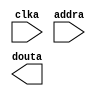
module irom(
	clka,
	addra,
	douta);


input clka;
input [8 : 0] addra;
output [31 : 0] douta;

// synthesis translate_off

      BLK_MEM_GEN_V3_3 #(
		.C_ADDRA_WIDTH(9),
		.C_ADDRB_WIDTH(9),
		.C_ALGORITHM(1),
		.C_BYTE_SIZE(9),
		.C_COMMON_CLK(0),
		.C_DEFAULT_DATA("0"),
		.C_DISABLE_WARN_BHV_COLL(0),
		.C_DISABLE_WARN_BHV_RANGE(0),
		.C_FAMILY("virtex5"),
		.C_HAS_ENA(0),
		.C_HAS_ENB(0),
		.C_HAS_INJECTERR(0),
		.C_HAS_MEM_OUTPUT_REGS_A(0),
		.C_HAS_MEM_OUTPUT_REGS_B(0),
		.C_HAS_MUX_OUTPUT_REGS_A(0),
		.C_HAS_MUX_OUTPUT_REGS_B(0),
		.C_HAS_REGCEA(0),
		.C_HAS_REGCEB(0),
		.C_HAS_RSTA(0),
		.C_HAS_RSTB(0),
		.C_INITA_VAL("0"),
		.C_INITB_VAL("0"),
		.C_INIT_FILE_NAME("irom.mif"),
		.C_LOAD_INIT_FILE(1),
		.C_MEM_TYPE(3),
		.C_MUX_PIPELINE_STAGES(0),
		.C_PRIM_TYPE(1),
		.C_READ_DEPTH_A(512),
		.C_READ_DEPTH_B(512),
		.C_READ_WIDTH_A(32),
		.C_READ_WIDTH_B(32),
		.C_RSTRAM_A(0),
		.C_RSTRAM_B(0),
		.C_RST_PRIORITY_A("CE"),
		.C_RST_PRIORITY_B("CE"),
		.C_RST_TYPE("SYNC"),
		.C_SIM_COLLISION_CHECK("ALL"),
		.C_USE_BYTE_WEA(0),
		.C_USE_BYTE_WEB(0),
		.C_USE_DEFAULT_DATA(0),
		.C_USE_ECC(0),
		.C_WEA_WIDTH(1),
		.C_WEB_WIDTH(1),
		.C_WRITE_DEPTH_A(512),
		.C_WRITE_DEPTH_B(512),
		.C_WRITE_MODE_A("WRITE_FIRST"),
		.C_WRITE_MODE_B("WRITE_FIRST"),
		.C_WRITE_WIDTH_A(32),
		.C_WRITE_WIDTH_B(32),
		.C_XDEVICEFAMILY("virtex5"))
	inst (
		.CLKA(clka),
		.ADDRA(addra),
		.DOUTA(douta),
		.RSTA(),
		.ENA(),
		.REGCEA(),
		.WEA(),
		.DINA(),
		.CLKB(),
		.RSTB(),
		.ENB(),
		.REGCEB(),
		.WEB(),
		.ADDRB(),
		.DINB(),
		.DOUTB(),
		.INJECTSBITERR(),
		.INJECTDBITERR(),
		.SBITERR(),
		.DBITERR(),
		.RDADDRECC());


// synthesis translate_on

endmodule